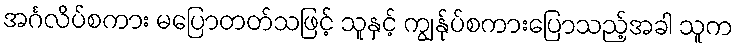
အင်္ဂလိပ်စကား မပြောတတ်သဖြင့် သူနှင့် ကျွန်ုပ်စကားပြောသည့်အခါ သူက